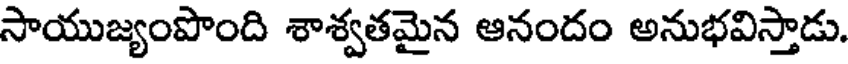
సాయుజ్యంపొంది శాశ్వతమైన ఆనందం అనుభవిస్తాడు.